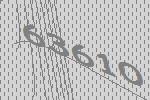
63610